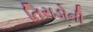
તિરાડોની